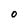
Character: 0